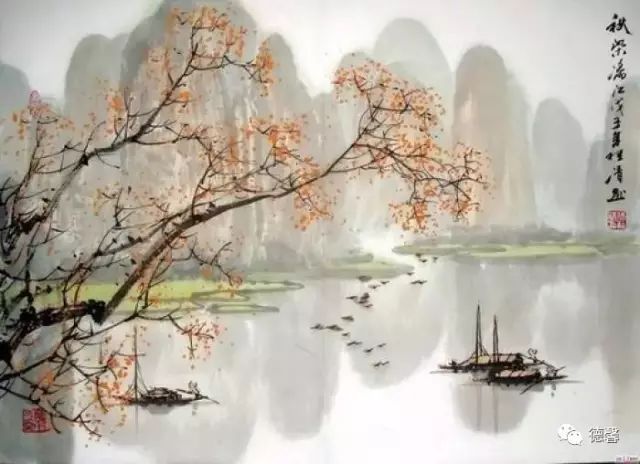
唤起一天明月，照我满怀冰雪，浩荡百川流。